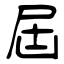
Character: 屆